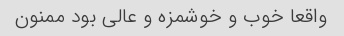
واقعا خوب و خوشمزه و عالی بود ممنون